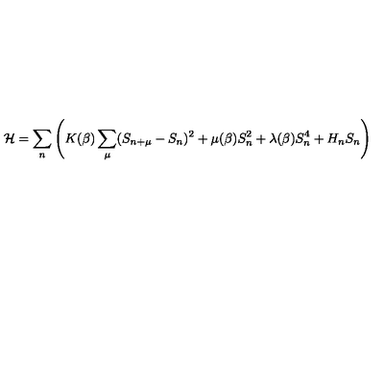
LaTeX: { \cal H } = \sum _ { n } \left( K ( \beta ) \sum _ { \mu } ( S _ { n + \mu } - S _ { n } ) ^ { 2 } + \mu ( \beta ) S _ { n } ^ { 2 } + \lambda ( \beta ) S _ { n } ^ { 4 } + H _ { n } S _ { n } \right)